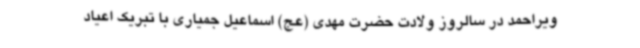
ویراحمد در سالروز ولادت حضرت مهدی (عج) اسماعیل جمیاری با تبریک اعیاد